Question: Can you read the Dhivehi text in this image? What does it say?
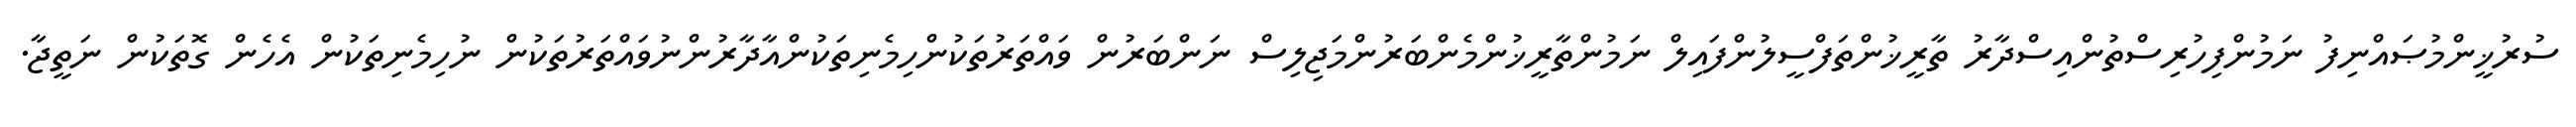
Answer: ސުރުޚީންމުޞައްނިފު ނަމުންފިހުރިސްތުންއިސްދާރު ތާރީޚުންތަފްސީލުންފައިލް ނަމުންތާރީޚުންމެންބަރުންމަޖިލިސް ނަންބަރުން ވައްތަރުތަކުންހިމެނިތަކުންއާދާރުންނުވައްތަރުތަކުން ނުހިމެނިތަކުން އެހެން ގޮތަކުން ނަތީޖާ.